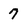
Character: 7